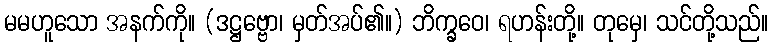
မမဟူသော အနက်ကို။ (ဒဋ္ဌဗ္ဗော၊ မှတ်အပ်၏။) ဘိက္ခဝေ၊ ရဟန်းတို့။ တုမှေ၊ သင်တို့သည်။